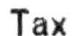
TAX